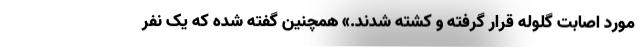
مورد اصابت گلوله قرار گرفته و کشته شدند.» همچنین گفته شده که یک نفر